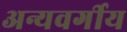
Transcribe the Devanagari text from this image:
अन्यवर्गीय